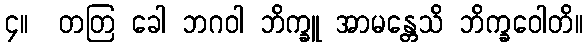
၄။  တတြ ခေါ ဘဂဝါ ဘိက္ခူ အာမန္တေသိ ဘိက္ခဝေါတိ။